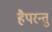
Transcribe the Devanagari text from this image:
हैपरन्तु